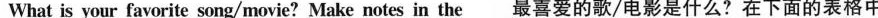
What is your favorite song/movie?Make notes in the 最喜爱的歌/电影是什么?在下面的表格中